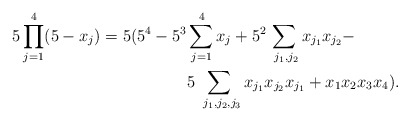
\begin{align*} 5\prod_{j=1} ^4(5-x_j) =5(5^4-5^3&\sum_{j=1} ^4x_j+5^2\sum_{ \ j_1, j_2} x_{j_1} x_{j_2} -\\&5\sum_{ \ j_1, j_2, j_3} x_{j_1} x_{j_2} x_{j_1} +x_1x_2 x_3x_4) .\end{align*}